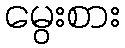
မွေးစား